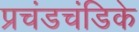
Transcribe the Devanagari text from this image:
प्रचंडचंडिके